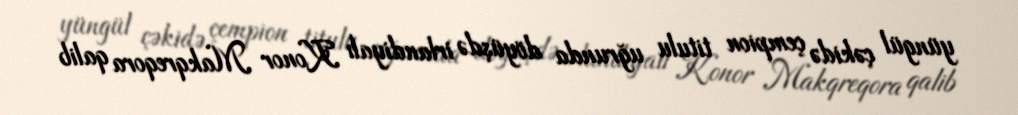
yüngül çəkidə çempion titulu uğrunda döyüşdə irlandiyalı Konor Makqreqora qalib